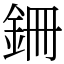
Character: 銏